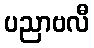
ပညာဗလီ